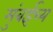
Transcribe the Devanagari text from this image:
मुंबईच्य